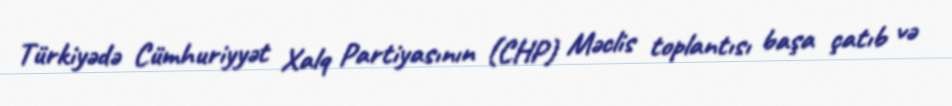
Türkiyədə Cümhuriyyət Xalq Partiyasının (CHP) Məclis toplantısı başa çatıb və